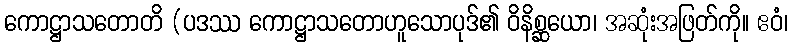
ကောဋ္ဌာသတောတိ (ပဒဿ ကောဋ္ဌာသတောဟူသောပုဒ်၏ ဝိနိစ္ဆယော၊ အဆုံးအဖြတ်ကို။ ဧဝံ၊